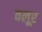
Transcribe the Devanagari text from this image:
वलूर